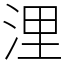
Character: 浬